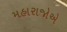
મહારાજોએ